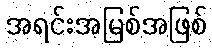
အရင်းအမြစ်အဖြစ်